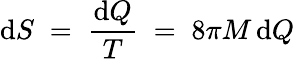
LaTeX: \mathrm{d}S\; =\; {\frac{\mathrm{d}Q}{T}}\; =\; 8\pi M\, \mathrm{d}Q